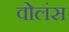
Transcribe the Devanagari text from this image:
वोलंस